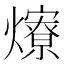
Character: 爎